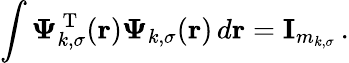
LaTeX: \int\boldsymbol{\Psi}_{k,\sigma}^{\mathrm{~T~}}(\boldsymbol{\textbf{r}})\boldsymbol{\Psi}_{k,\sigma}(\boldsymbol{\textbf{r}})\, d\boldsymbol{\textbf{r}}=\textbf{I}_{m_{k,\sigma}}\, .